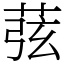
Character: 𦱁